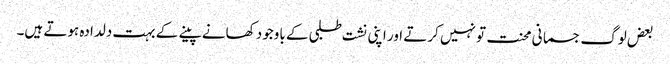
بعض لوگ جسمانی محنت تو نہیں کرتے اور اپنی نشت طلبی کے باوجود کھانے پینے کے بہت دلدادہ ہوتے ہیں۔